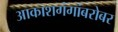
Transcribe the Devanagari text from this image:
आकाशगंगांबरोबर